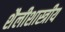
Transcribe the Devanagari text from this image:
शैलीशास्त्रीय